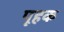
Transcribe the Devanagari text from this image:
पूहक